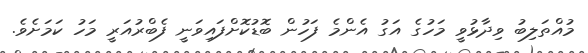
މުއްތަލިބު ވިދާޅުވީ މަހުގެ އަގު އެންމެ ފަހުން ބޮޑުކޮށްފައިވަނީ ފެބްރުއަރީ މަހު ކަމަށެވެ.